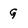
Character: G